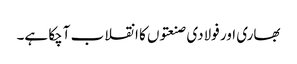
بھاری اور فولادی صنعتوں کا انقلاب آچکا ہے۔